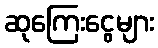
ဆုကြေးငွေများ